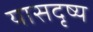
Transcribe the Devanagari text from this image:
यासदृष्य